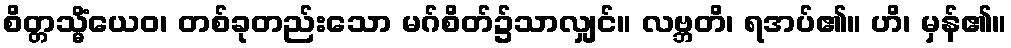
စိတ္တသ္မိံယေဝ၊ တစ်ခုတည်းသော မဂ်စိတ်၌သာလျှင်။ လဗ္ဘတိ၊ ရအပ်၏။ ဟိ၊ မှန်၏။